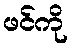
ဖင်ကို